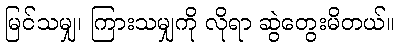
မြင်သမျှ၊ ကြားသမျှကို လိုရာ ဆွဲတွေးမိတယ်။